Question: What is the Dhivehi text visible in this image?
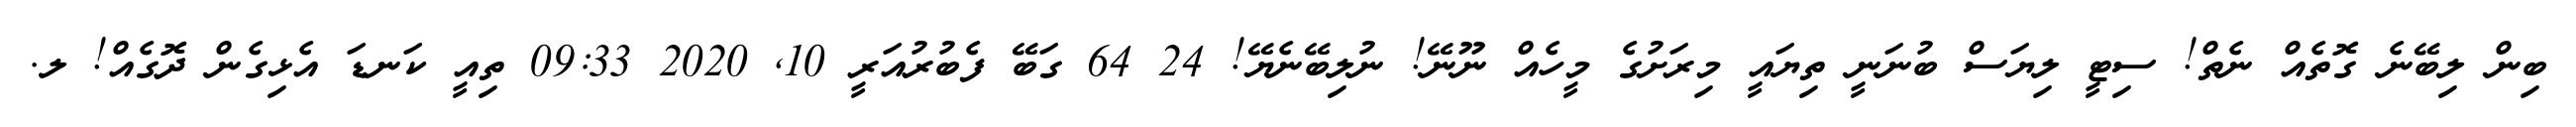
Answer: ބިން ލިބޭނެ ގޮތެއް ނެތް! ސިޓީ ލިޔަސް ބުނަނީ ތިޔައީ މިރަށުގެ މީހެއް ނޫނޭ! ނުލިބޭނެޔޭ! 24 64 ގަބޭ ފެބުރުއަރީ 10, 2020 09:33 ތިއީ ކަނޑަ އެޅިގެން ދޮގެއް! ލ.